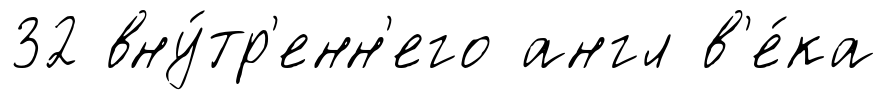
32 вну́тр'енн'его англ в'е́ка